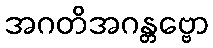
အဂတိအဂန္တဗ္ဗော